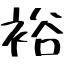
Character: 裕